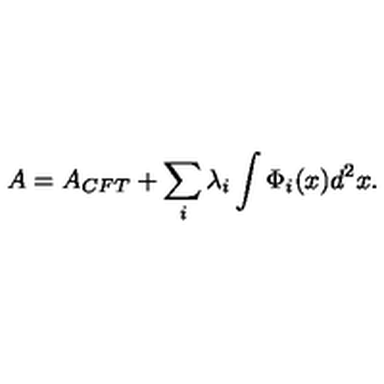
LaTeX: A = A _ { C F T } + \sum _ { i } \lambda _ { i } \int \Phi _ { i } ( x ) d ^ { 2 } x .